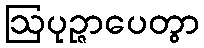
ဩပုဉ္ဇာပေတွာ